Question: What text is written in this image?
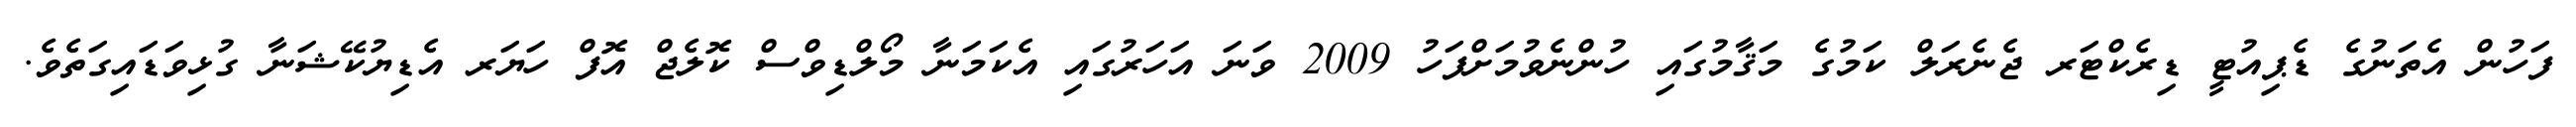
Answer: ފަހުން އެތަނުގެ ޑެޕިއުޓީ ޑިރެކްޓަރ ޖެނެރަލް ކަމުގެ މަޤާމުގައި ހުންނެވުމަށްފަހު 2009 ވަނަ އަހަރުގައި އެކަމަނާ މޯލްޑިވްސް ކޮލެޖް އޮފް ހަޔަރ އެޑިޔުކޭޝަނާ ގުޅިވަޑައިގަތެވެ.